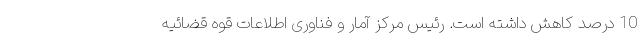
10 درصد کاهش داشته است. رئیس مرکز آمار و فناوری اطلاعات قوه قضائیه